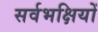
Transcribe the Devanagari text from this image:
सर्वभक्षियों